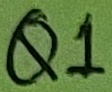
Text: Q1